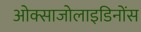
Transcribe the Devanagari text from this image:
ओक्साजोलाइडिनोंस